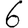
Digit: 6